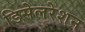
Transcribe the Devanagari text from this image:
डिसेलरेशन